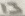
Text: 13